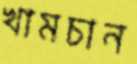
খামচান